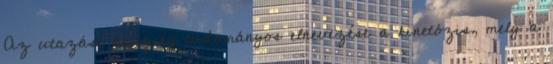
Az utazási betegség tudományos elnevezése a kinetózis, mely a